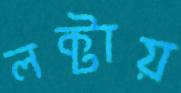
লক্টায়